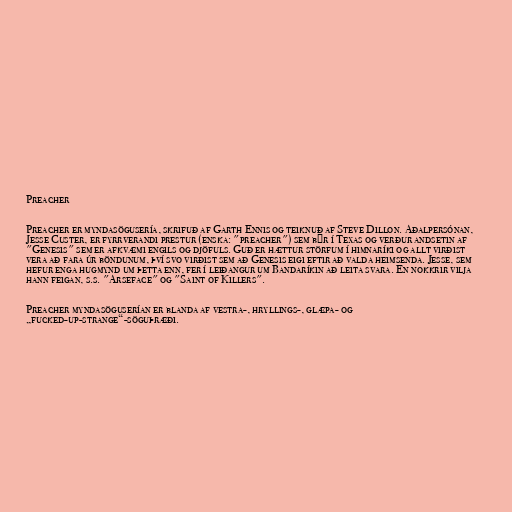
Preacher

Preacher er myndasögusería, skrifuð af Garth Ennis og teiknuð af Steve Dillon. Aðalpersónan,
Jesse Custer, er fyrrverandi prestur (enska: "preacher") sem býr í Texas og verður andsetin af
"Genesis" sem er afkvæmi engils og djöfuls. Guð er hættur störfum í himnaríki og allt virðist
vera að fara úr böndunum, því svo virðist sem að Genesis eigi eftir að valda heimsenda. Jesse, sem
hefur enga hugmynd um þetta enn, fer í leiðangur um Bandaríkin að leita svara. En nokkrir vilja
hann feigan, s.s. "Arseface" og "Saint of Killers".

Preacher myndasöguserían er blanda af vestra-, hryllings-, glæpa- og
„fucked-up-strange“-söguþræði.